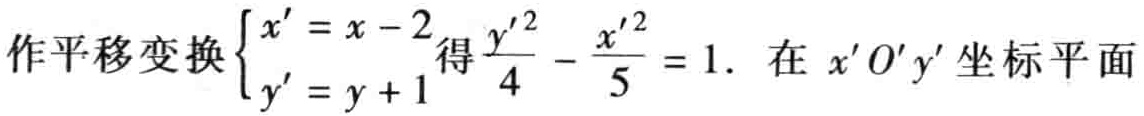
作平移变换$\begin{cases}x' = x - 2\\y' = y + 1\end{cases}$得$\frac{y'^{2}}{4} - \frac{x'^{2}}{5} = 1$. 在 $x'O'y'$ 坐标平面